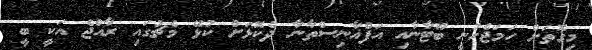
މިގޮތަށް ހަމަޖެހުނީ ބޫޓާނާއި އަފްޣާނިސްތާނާ ދެކޮޅަށް ކުޅޭ މެޗުގައި ރާއްޖެ އަކީ ބީ